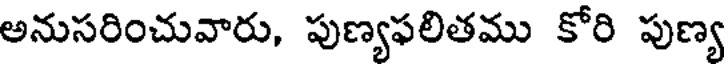
అనుసరించువారు, పుణ్యఫలితము కోరి పుణ్య